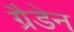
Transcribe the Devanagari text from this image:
ग्रैडेन